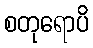
စတုရောပိ